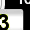
Digit: 3